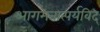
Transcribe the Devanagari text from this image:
आगमतात्पर्यविद्